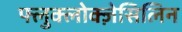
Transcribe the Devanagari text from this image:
फ्लुक्लोक्ज़ेसिलिन